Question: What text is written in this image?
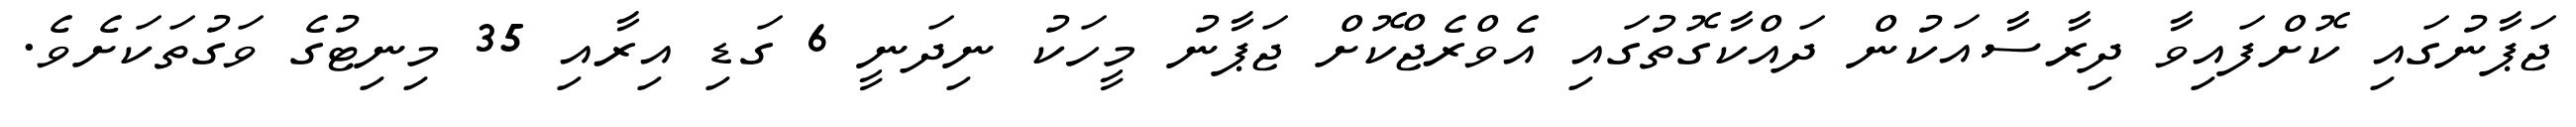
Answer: ޖަޕާނުގައި ކޮށްފައިވާ ދިރާސާއަކުން ދައްކާގޮތުގައި އެވްރެޖްކޮށް ޖަޕާނު މީހަކު ނިދަނީ 6 ގަޑި އިރާއި 35 މިނިޓުގެ ވަގުތަކަށެވެ.